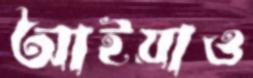
আইয়াও